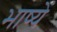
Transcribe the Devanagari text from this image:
भाष्यें